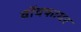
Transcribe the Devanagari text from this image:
वॉचफायर